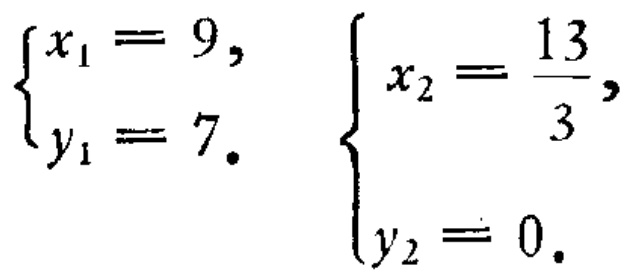
$\begin{cases}x_{1}=9,\\y_{1}=7.\end{cases}$ $\begin{cases}x_{2}=\dfrac{13}{3},\\y_{2}=0.\end{cases}$